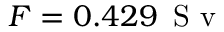
F = 0 . 4 2 9 \, \mathrm { ~ S ~ v ~ }